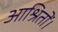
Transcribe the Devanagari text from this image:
आश्रितों।